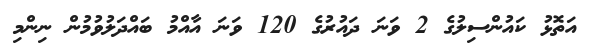
އަތޮޅު ކައުންސިލުގެ 2 ވަނަ ދައުރުގެ 120 ވަނަ އާއްމު ބައްދަލުވުމުން ނިންމި